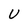
Character: U